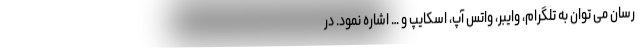
رسان می توان به تلگرام، وایبر، واتس آپ، اسکایپ و … اشاره نمود. در